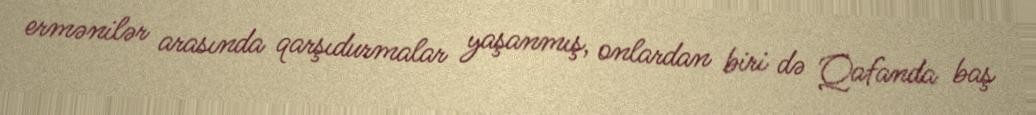
ermənilər arasında qarşıdurmalar yaşanmış, onlardan biri də Qafanda baş